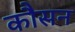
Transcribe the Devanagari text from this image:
कौसन